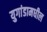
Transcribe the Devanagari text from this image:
युगांडामधील